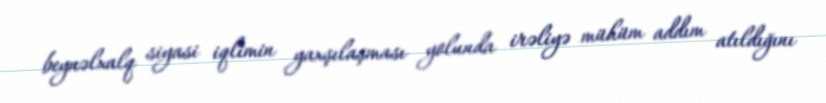
beynəlxalq siyasi iqlimin yaxşılaşması yolunda irəliyə mühüm addım atıldığını